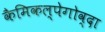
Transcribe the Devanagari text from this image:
कैमिकल्पेगोव्दा